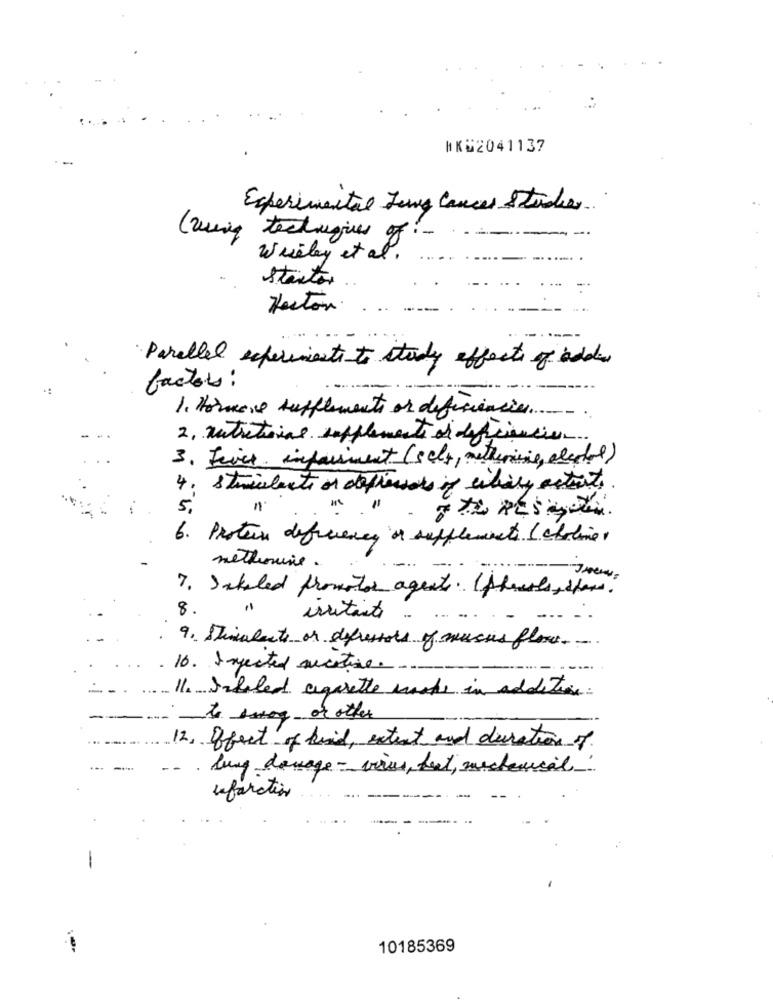
#KG2041137
Experimental Jong Cancer Studer
( using techniques of
wisely et a
Starter
Hector
Parallel experimente to study effects of ade
factors :
1. Hormone supplements or deficiencies .....
2. nutritional supplements of deficiencies
3. Fives informent (scht, mettimie, alcohol)
4. Strialents or deftersales of civily actionts.
5,
" "
6. Protein deficiency or supplements ( choliner
methomine.
7. Jakled promotor agents. (phrases, stand?
8.
irritante
---
9. Stimulants or defressors of sucres flow. ..
. 10. Injected aucetive.
....
11. Subaled cigarette works in addition:
to seog or other
12. effect of kind, extent and duration of
lung domage- virus, but, mechanical
uefaration
10185369